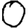
Digit: 0